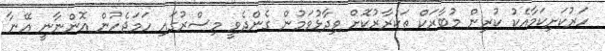
ހަރުކަށިކަމާއެކު ކުރިން މުބާރަކް ތަކުރާރުކޮށް ވިދާޅުވަމުން ގެންދެވީ މިސްރުގައި ހަމަޖެހުން އޮންނާނީ އޭނާ